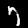
Label: 7